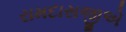
રામદાસજીએ